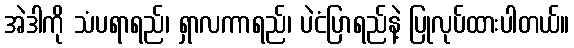
အဲဒါကို သံပရာရည်၊ ရှာလကာရည်၊ ပဲငံပြာရည်နဲ့ ပြုလုပ်ထားပါတယ်။